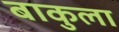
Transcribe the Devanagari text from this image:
बाकुला